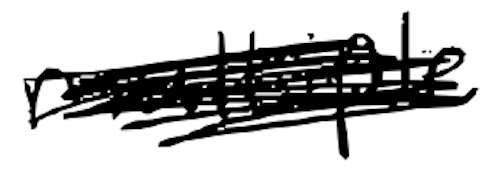
Text: multiple
Cross-out: scratch
Writing tool: digital_black